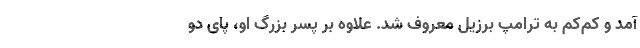
آمد و کم‌کم به ترامپ برزیل معروف شد. علاوه بر پسر بزرگ او، پای دو